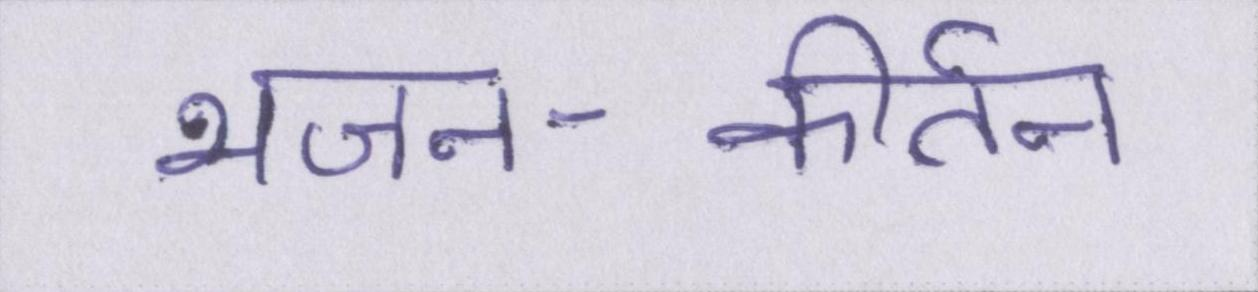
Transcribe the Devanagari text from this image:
भजन-कीर्तन